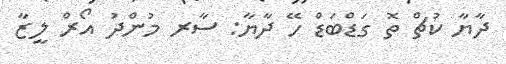
ދާޔާ ކުޗް ތޮ ގަޑްބަޑް ހޭ ދާޔާ: ސާރ މުންދު އޯރް ލީޒާ